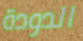
الدودة